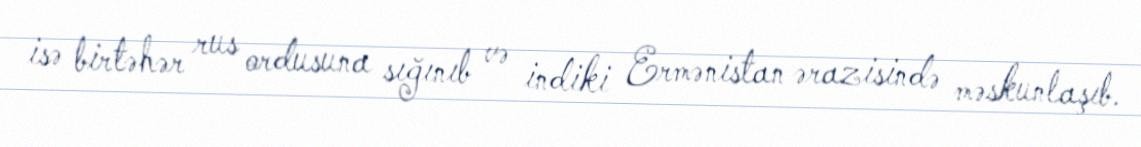
isə birtəhər rus ordusuna sığınıb və indiki Ermənistan ərazisində məskunlaşıb.